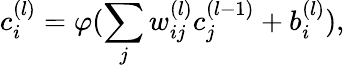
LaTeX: {c}_{i}^{(l)}=\varphi(\sum_{j}{w}_{ij}^{(l)}{c}_{j}^{(l-1)}+b_{i}^{(l)}),